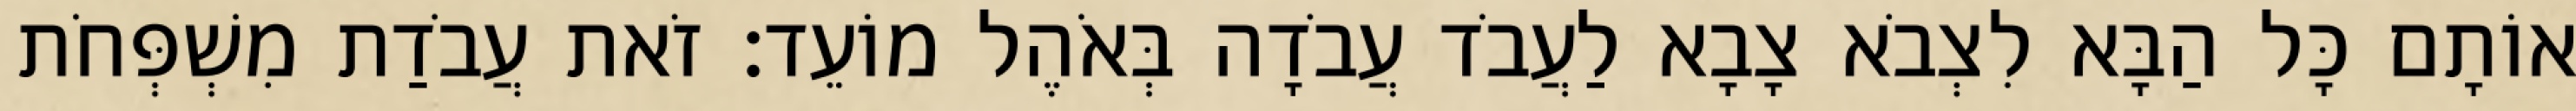
אוֹתָם כָּל הַבָּא לִצְבֹא צָבָא לַעֲבֹד עֲבֹדָה בְּאֹהֶל מוֹעֵד׃ זֹאת עֲבֹדַת מִשְׁפְּחֹת